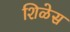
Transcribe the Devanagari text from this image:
शिळेस